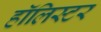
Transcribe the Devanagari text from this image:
हॉलिस्टर